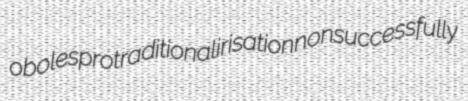
oboles protraditional irisation nonsuccessfully